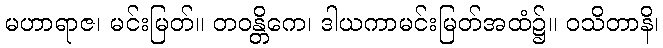
မဟာရာဇ၊ မင်းမြတ်။ တဝန္တိကေ၊ ဒါယကာမင်းမြတ်အထံ၌။ ဝသိတာနိ၊